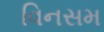
વિનસમ